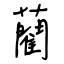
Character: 藺